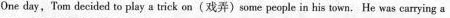
One day, Tom decided to play a trick on(戏弄)some people in his town. He was carying a